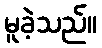
မူခဲ့သည်။